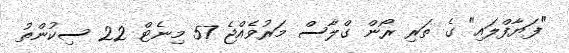
"ފަޔާފްލައި" ގެ ތަރި ރޯން ގްލާސް މަރުވެއްޖެ 57 މިނެޓް 22 ސިކުންތު